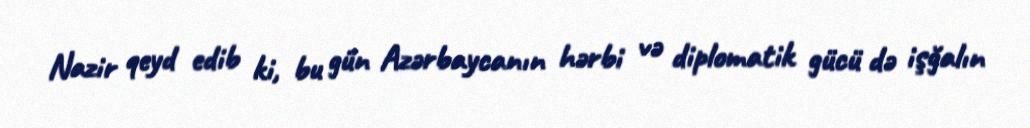
Nazir qeyd edib ki, bu gün Azərbaycanın hərbi və diplomatik gücü də işğalın